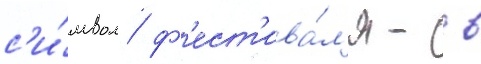
с'и́мвол ф'ест'ива́л'я - в